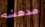
مدهشه